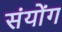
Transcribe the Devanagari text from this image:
संयोंग